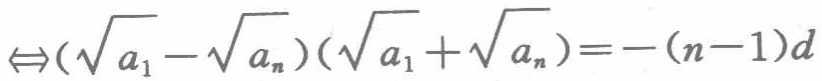
$\Leftrightarrow(\sqrt{a_{1}} - \sqrt{a_{n}})(\sqrt{a_{1}}+\sqrt{a_{n}})=-(n - 1)d$